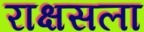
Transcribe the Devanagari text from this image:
राक्षसला